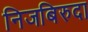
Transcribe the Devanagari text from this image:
निजबिरुदा